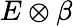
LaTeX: E\otimes\beta